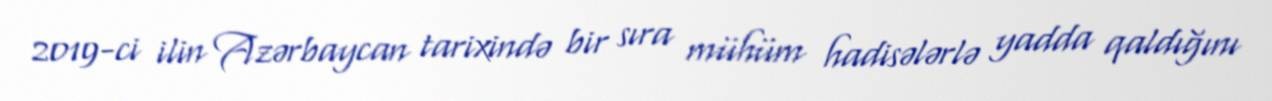
2019-ci ilin Azərbaycan tarixində bir sıra mühüm hadisələrlə yadda qaldığını